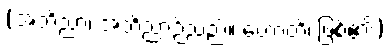
(အဘိညာ၊ အဘိညာဉ်သည်။ ဟောတိ၊ ဖြစ်၏)